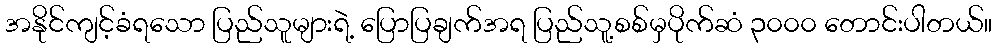
အနိုင်ကျင့်ခံရသော ပြည်သူများရဲ့ ပြောပြချက်အရ ပြည်သူ့စစ်မှပိုက်ဆံ ၃၀၀၀ တောင်းပါတယ်။